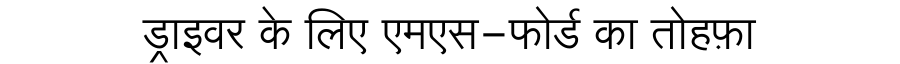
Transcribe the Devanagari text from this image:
ड्राइवर के लिए एमएस-फोर्ड का तोहफ़ा